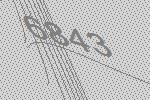
6843